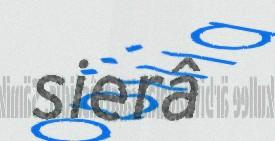
sierâ